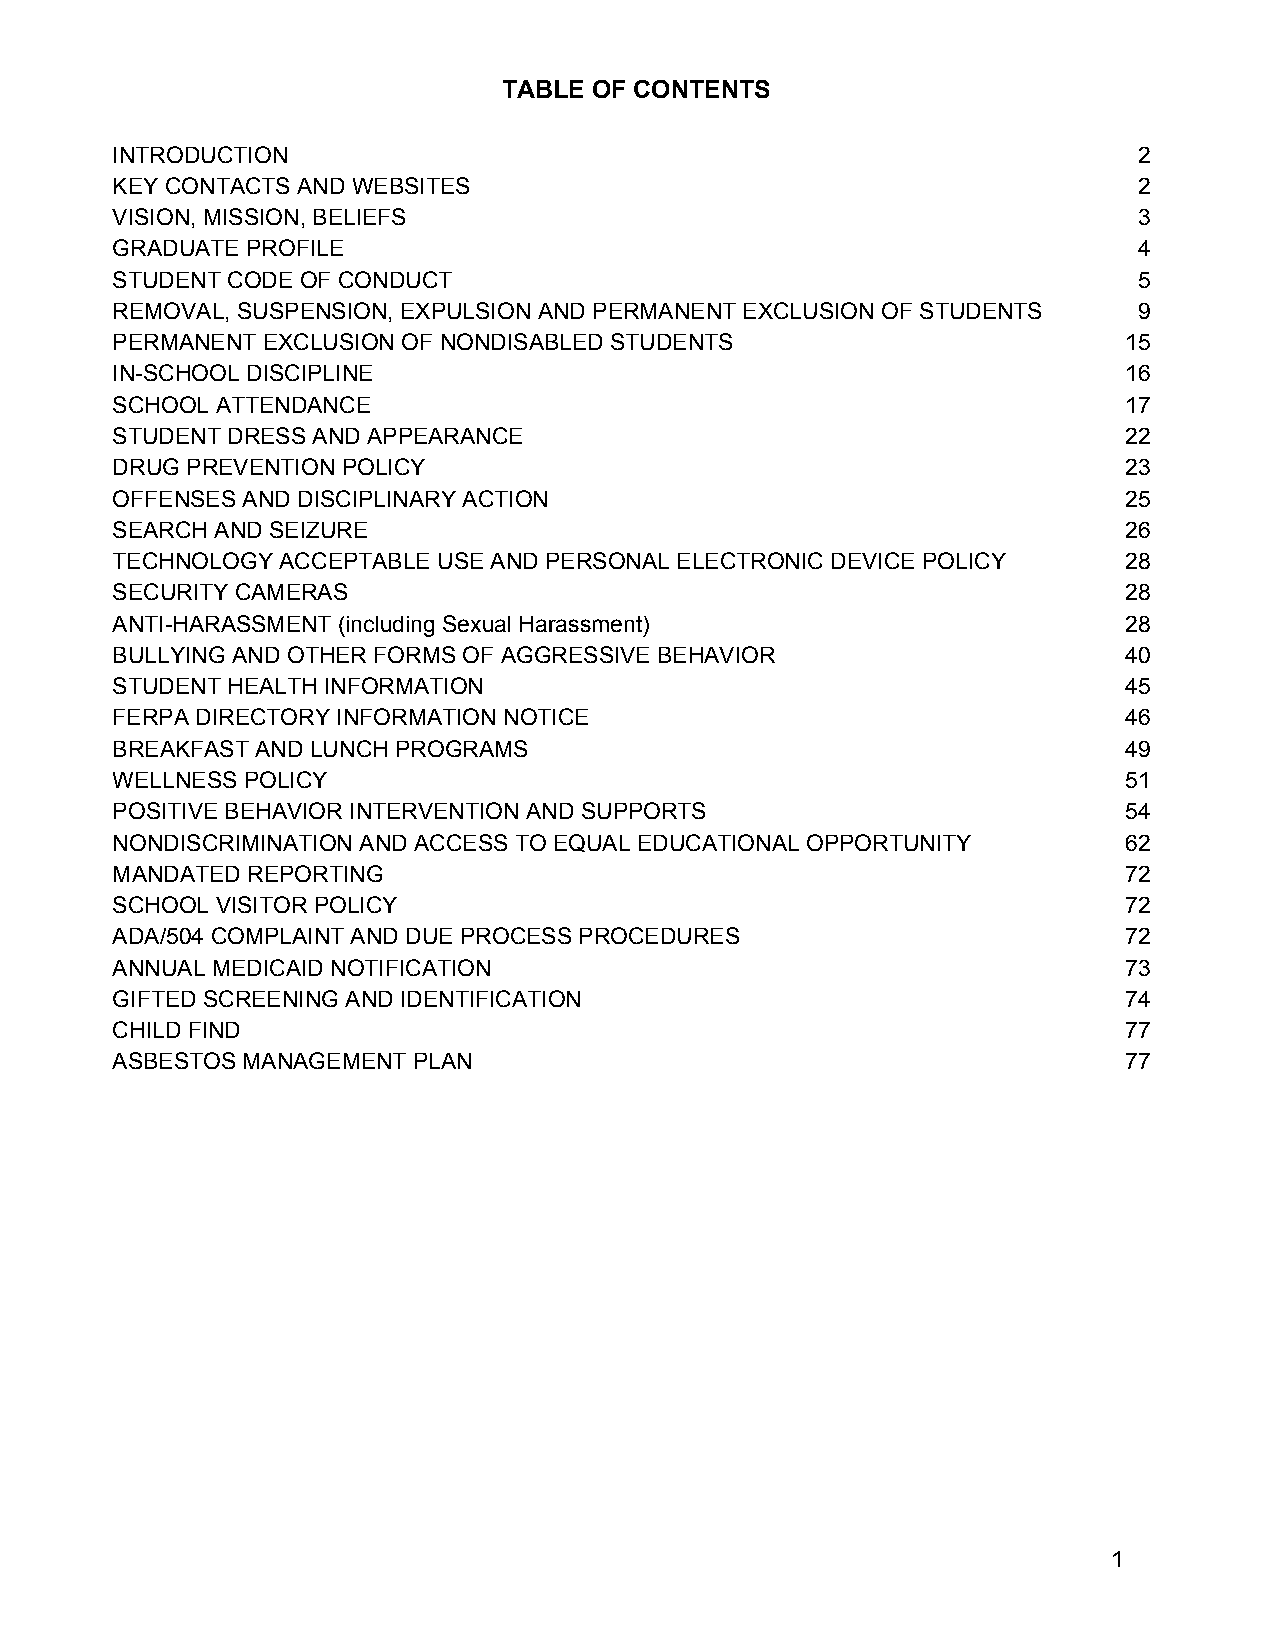
TABLE OF CONTENTS
 INTRODUCTION                                                        2
 KEY CONTACTS AND WEBSITES                                           2
 VISION, MISSION, BELIEFS                                            3
 GRADUATE PROFILE                                                    4
 STUDENT CODE OF CONDUCT                                             5
 REMOVAL, SUSPENSION, EXPULSION AND PERMANENT EXCLUSION OF STUDENTS  9
 PERMANENT EXCLUSION OF NONDISABLED STUDENTS                        15
 IN-SCHOOL DISCIPLINE                                               16
 SCHOOL ATTENDANCE                                                  17
 STUDENT DRESS AND APPEARANCE                                       22
 DRUG PREVENTION POLICY                                             23
 OFFENSES AND DISCIPLINARY ACTION                                   25
 SEARCH AND SEIZURE                                                 26
 TECHNOLOGY ACCEPTABLE USE AND PERSONAL ELECTRONIC DEVICE POLICY    28
 SECURITY CAMERAS                                                   28
 ANTI-HARASSMENT (including Sexual Harassment)                      28
 BULLYING AND OTHER FORMS OF AGGRESSIVE BEHAVIOR                    40
 STUDENT HEALTH INFORMATION                                         45
 FERPA DIRECTORY INFORMATION NOTICE                                 46
 BREAKFAST AND LUNCH PROGRAMS                                       49
 WELLNESS POLICY                                                    51
 POSITIVE BEHAVIOR INTERVENTION AND SUPPORTS                        54
 NONDISCRIMINATION AND ACCESS TO EQUAL EDUCATIONAL OPPORTUNITY      62
 MANDATED REPORTING                                                 72
 SCHOOL VISITOR POLICY                                              72
 ADA/504 COMPLAINT AND DUE PROCESS PROCEDURES                       72
 ANNUAL MEDICAID NOTIFICATION                                       73
 GIFTED SCREENING AND IDENTIFICATION                                74
 CHILD FIND                                                         77
 ASBESTOS MANAGEMENT PLAN                                           77
 1